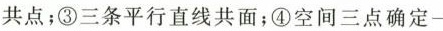
共点;③三条平行直线共面;④空间三点确定